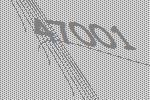
47001